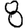
Digit: 8